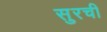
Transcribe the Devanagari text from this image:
सुरची